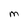
Character: M